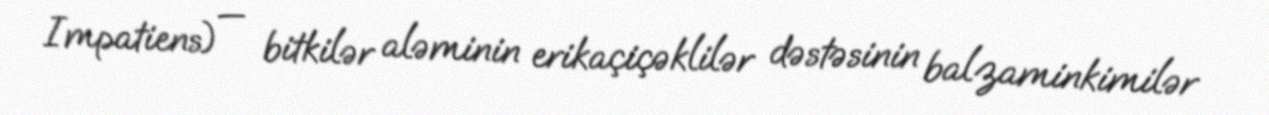
Impatiens) — bitkilər aləminin erikaçiçəklilər dəstəsinin balzaminkimilər